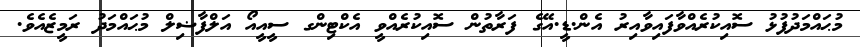
މުޙައްމަދުފުޅު ސޮއިކުރެއްވާފައިވާއިރު އެން.ޑީ.އޭގެ ފަރާތުން ސޮއިކުރެއްވީ އެކްޓިންގ ސީއީއޯ އަލްފާޟިލް މުޙައްމަދު ރަމީޒެއެވެ.